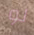
لو